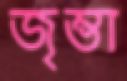
জৃম্ভা